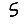
Digit: 5